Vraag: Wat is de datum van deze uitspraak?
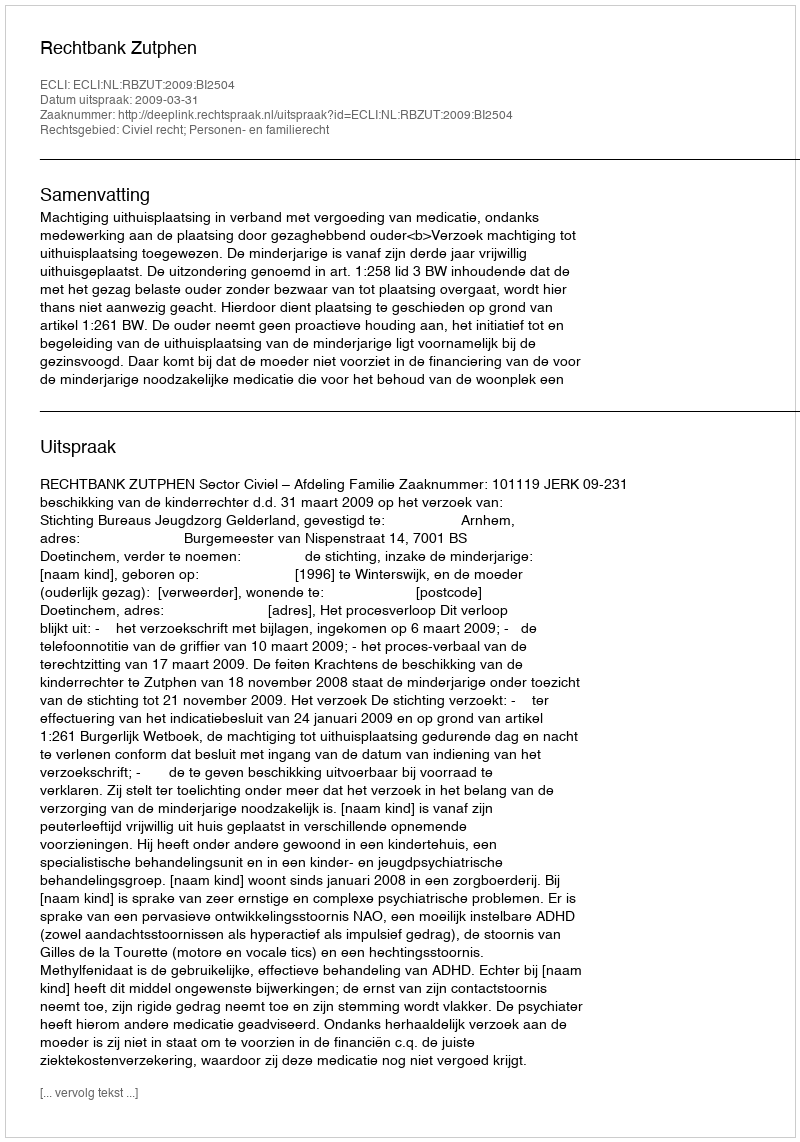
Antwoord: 2009-03-31